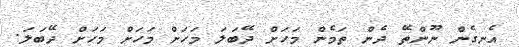
އެނގެން ނޫންތޭ ދެން ތަމެން މަހަށް ދޭބަލަ މަހަށް މަހަށް މަހަށް ދޭބަލަ.